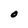
Character: o